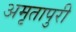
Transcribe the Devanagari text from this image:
अमृतापुरी